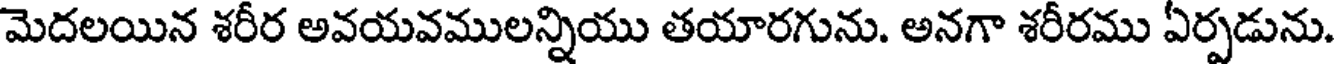
మెదలయిన శరీర అవయవములన్నియు తయారగును. అనగా శరీరము ఏర్పడును.